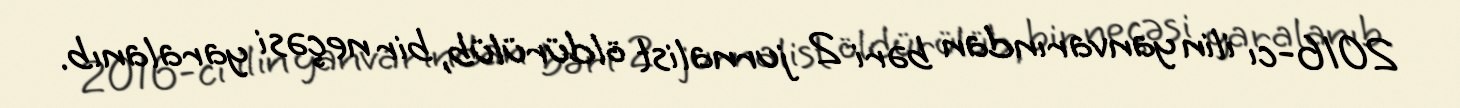
2016-cı ilin yanvarından bəri 2 jurnalist öldürülüb, bir neçəsi yaralanıb.